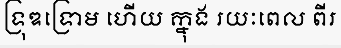
ទ្រុឌទ្រោម ហើយ ក្នុង រយៈពេល ពីរ